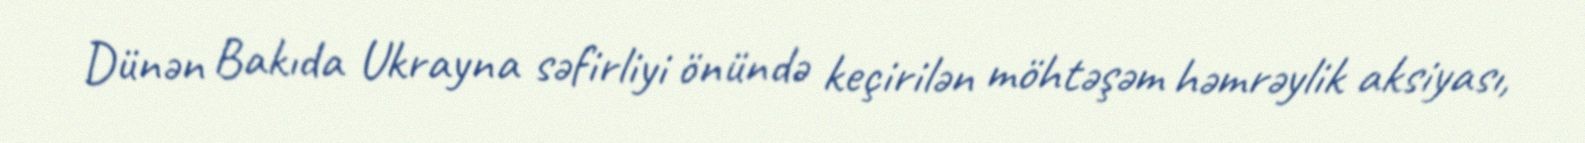
Dünən Bakıda Ukrayna səfirliyi önündə keçirilən möhtəşəm həmrəylik aksiyası,